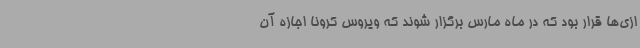
ازی‌ها قرار بود که در ماه مارس برگزار شوند که ویروس کرونا اجازه آن